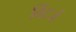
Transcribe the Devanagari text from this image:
विंटर्ज